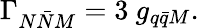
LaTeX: \Gamma_{N\bar{N}M}=3~g_{q\bar{q}M}.